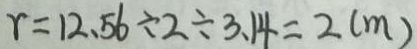
r = 1 2 . 5 6 \div 2 \div 3 . 1 4 = 2 ( m )